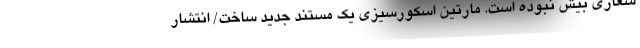
شعاری بیش نبوده ‌است. مارتین اسکورسیزی یک مستند جدید ساخت/ انتشار